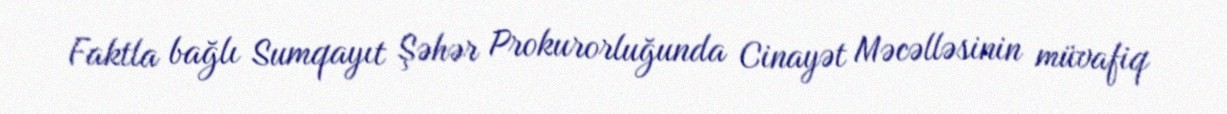
Faktla bağlı Sumqayıt Şəhər Prokurorluğunda Cinayət Məcəlləsinin müvafiq